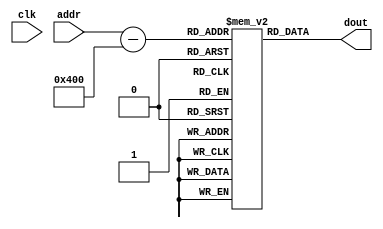
module im_4k( clk, addr, dout ) ;
	input clk;
	input [12:2] addr ;  // address bus
	output [31:0] dout ;  // 32-bit memory output
	reg [31:0] im[2047:0] ;
	
	wire [12:2] pc_base = 11'd3072; //3072:C00 -> decimal
	assign dout = im[addr - pc_base];
	//IM_4B2K im(~clk, addr - pc_base, dout);

endmodule